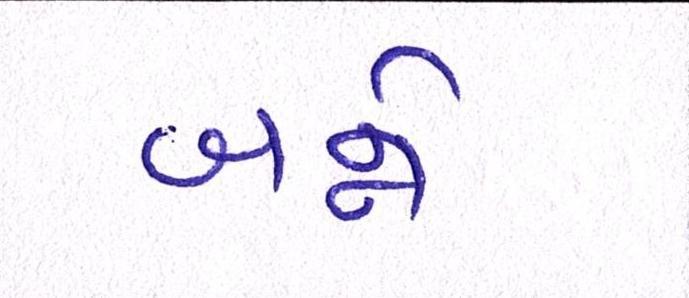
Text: બન્ને